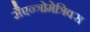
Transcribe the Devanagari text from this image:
सैएन्त्रोमेत्रिक्स